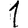
Digit: 1